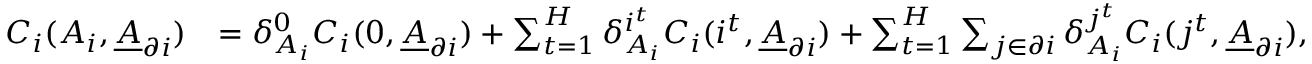
\begin{array} { r l } { C _ { i } ( A _ { i } , \underline { { A } } _ { \partial i } ) } & { = \delta _ { A _ { i } } ^ { 0 } C _ { i } ( 0 , \underline { { A } } _ { \partial i } ) + \sum _ { t = 1 } ^ { H } \delta _ { A _ { i } } ^ { i ^ { t } } C _ { i } ( i ^ { t } , \underline { { A } } _ { \partial i } ) + \sum _ { t = 1 } ^ { H } \sum _ { j \in \partial i } \delta _ { A _ { i } } ^ { j ^ { t } } C _ { i } ( j ^ { t } , \underline { { A } } _ { \partial i } ) , } \end{array}